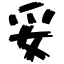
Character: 妥